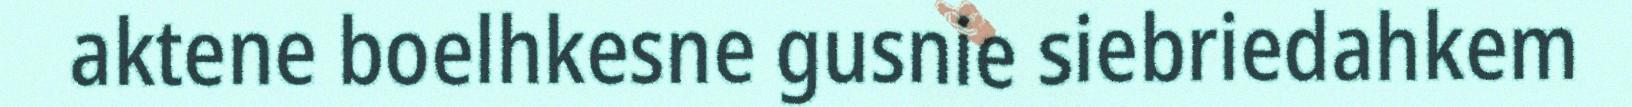
aktene boelhkesne gusnie siebriedahkem